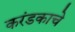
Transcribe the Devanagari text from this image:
करंडकाचे